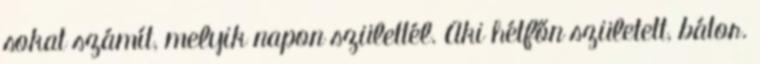
sokat számít, melyik napon születtél. Aki hétfőn született, bátor.